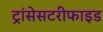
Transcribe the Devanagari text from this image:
ट्रांसेसटरीफाइड